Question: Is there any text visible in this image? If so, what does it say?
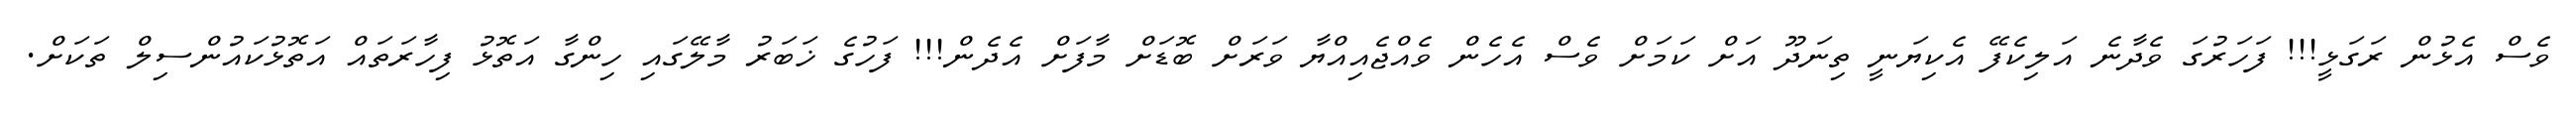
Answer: ވެސް އެޅުން ރަގަޅީ!!! ފަހަރުގަ ވެދާނެ އަލިކެފޭ އެކިޔަނީ ތިނަދޫ އަށް ކަމަށް ވެސް އެހެން ވެއްޖެއިއްޔާ ވަރަށް ބޮޑަށް މާފަށް އެދެން!!! ފަހުގެ ޚަބަރު މާލޭގައި ހިންގާ އަތޮޅު ފިހާރަތައް އަތޮޅުކައުންސިލް ތަކަށް.